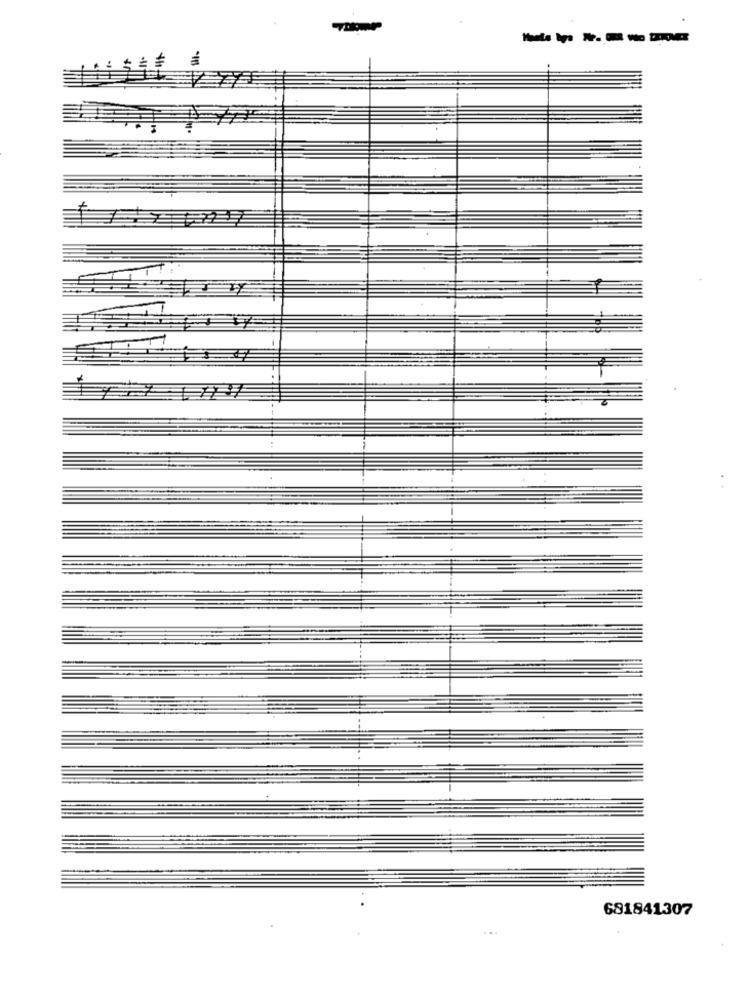
681841307